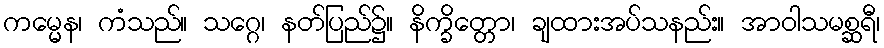
ကမ္မေန၊ ကံသည်။ သဂ္ဂေ၊ နတ်ပြည်၌။ နိက္ခိတ္တော၊ ချထားအပ်သနည်း။ အာဝါသမစ္ဆရီ၊